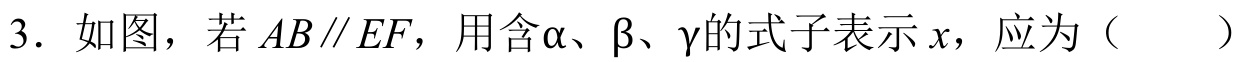
3. 如图，若\(AB\parallel EF\)，用含\(\alpha\)、\(\beta\)、\(\gamma\)的式子表示\(x\)，应为（  ）